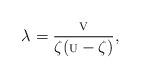
LaTeX: \begin{align*}\lambda=\frac{\mbox{\scriptsize{V}}}{\zeta(\mbox{\scriptsize{U}}-\zeta)},~~~\end{align*}